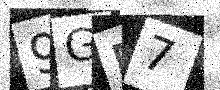
Text: 9GM7